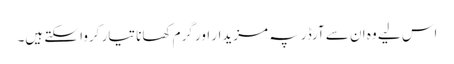
اس لیے وہ ان سے آرڈر پہ مزیدار اور گرم کھانا تیار کروا سکتے ہیں۔